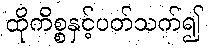
ထိုကိစ္စနှင့်ပတ်သက်၍